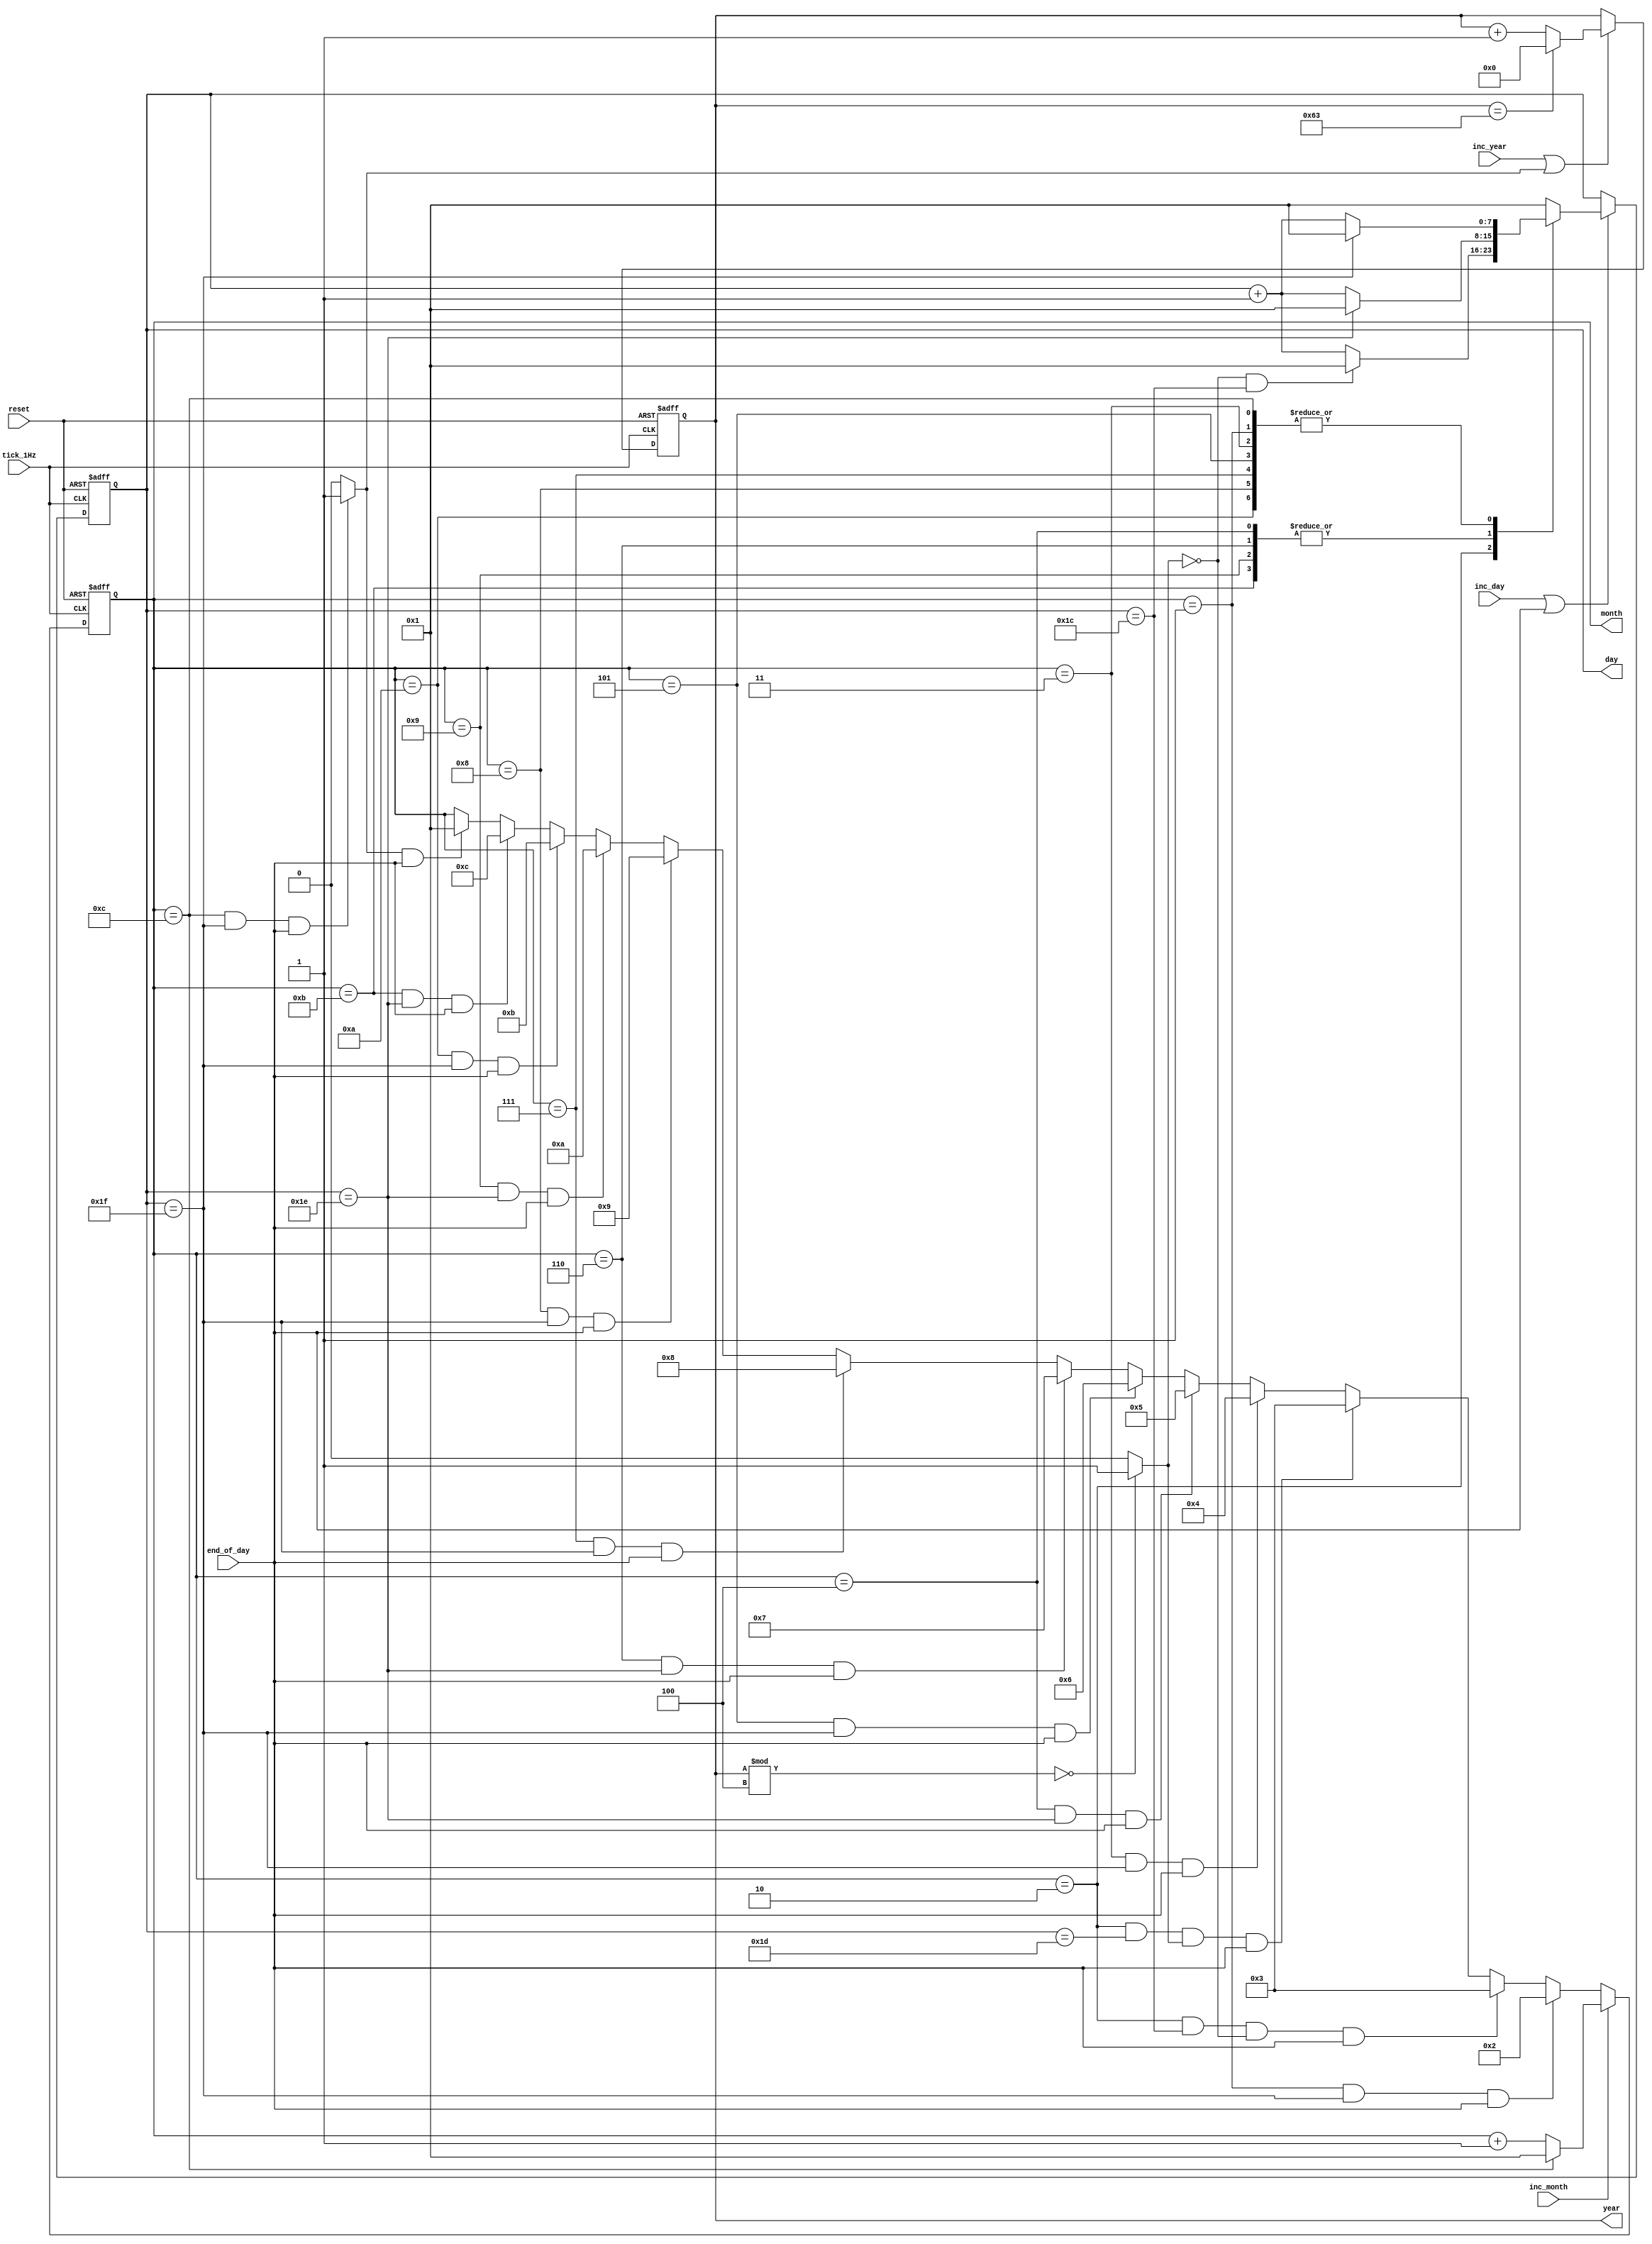
module calendar (
    // System signals
    // input            clk_100MHz,  // 100 MHz frequency clock
    input            reset,       // reset
    // clock module signals
    input            tick_1Hz,    // 1 Hz frequency signal from clock module
    input            end_of_day,  // End of the day signal from clock module
    // calendar module signals
    input            inc_day,     // day++
    input            inc_month,   // month++
    input            inc_year,    // year++
    output reg [7:0] day,         // day
    output reg [7:0] month,       // month
    output reg [7:0] year         // year
);

  // Default date is 01/09/2001
  parameter DEFAULT_DAY_VALUE = 1;
  parameter DEFAULT_MONTH_VALUE = 9;
  parameter DEFAULT_YEAR_VALUE = 23;

  // Calendar logic
  wire end_of_year;
  assign end_of_year = ((month == 12 && day == 31) & end_of_day) ? 1 : 0;   // end_of_year = (31/12) ? AND end_of_day

  wire leap_year;
  assign leap_year = (year % 4 == 0) ? 1 : 0;

  // Day control
  always @(posedge tick_1Hz or posedge reset) begin
    // reset
    if (reset) day = DEFAULT_DAY_VALUE;
    // If inc day button is pressed or end of day signal from clock, inc day value
    else if (inc_day | end_of_day) begin
      case (month)
        1: begin
          if (day == 31) day <= 1;
          else day <= day + 1;
        end

        // month == 2 is a speacial case, which the last day of the month depended on is this a leap year or not
        2: begin
          if (leap_year && day == 29) day <= 1;
          if (~leap_year && day == 28) day <= 1;
          else day <= day + 1;
        end

        3: begin
          if (day == 31) day <= 1;
          else day <= day + 1;
        end

        4: begin
          if (day == 30) day <= 1;
          else day <= day + 1;
        end

        5: begin
          if (day == 31) day <= 1;
          else day <= day + 1;
        end

        6: begin
          if (day == 30) day <= 1;
          else day <= day + 1;
        end

        7: begin
          if (day == 31) day <= 1;
          else day <= day + 1;
        end

        8: begin
          if (day == 31) day <= 1;
          else day <= day + 1;
        end

        9: begin
          if (day == 30) day <= 1;
          else day <= day + 1;
        end

        10: begin
          if (day == 31) day <= 1;
          else day <= day + 1;
        end

        11: begin
          if (day == 30) day <= 1;
          else day <= day + 1;
        end

        12: begin
          if (day == 31) day <= 1;
          else day <= day + 1;
        end

        default: day <= 1;
      endcase
    end
  end

  // Month control
  always @(posedge tick_1Hz or posedge reset) begin
    // reset
    if (reset) month = DEFAULT_MONTH_VALUE;
    // forced inc month by pushing inc month button
    else if (inc_month) begin
      if (month == 12) month <= 1;
      else month <= month + 1;
    end  // inc month based on current day/month
    else if ((month == 1 && day == 31) & end_of_day)
      month <= 2;
    else if ((month == 2 && day == 28) & ~leap_year & end_of_day) month <= 3;
    else if ((month == 2 && day == 29) & leap_year & end_of_day) month <= 3;
    else if ((month == 3 && day == 31) & end_of_day) month <= 4;
    else if ((month == 4 && day == 30) & end_of_day) month <= 5;
    else if ((month == 5 && day == 31) & end_of_day) month <= 6;
    else if ((month == 6 && day == 30) & end_of_day) month <= 7;
    else if ((month == 7 && day == 31) & end_of_day) month <= 8;
    else if ((month == 8 && day == 31) & end_of_day) month <= 9;
    else if ((month == 9 && day == 30) & end_of_day) month <= 10;
    else if ((month == 10 && day == 31) & end_of_day) month <= 11;
    else if ((month == 11 && day == 30) & end_of_day) month <= 12;
    // loop back to first month if end of the year
    else if (end_of_year & end_of_day) month <= 1;
  end

  // Year control
  always @(posedge tick_1Hz or posedge reset) begin
    // reset
    if (reset) year = DEFAULT_YEAR_VALUE;
    // inc year if inc year button is pressed or end of year signal is trigged
    else if (inc_year | end_of_year) begin
      year <= (year == 99) ? 0 : year + 1;
    end
  end

endmodule